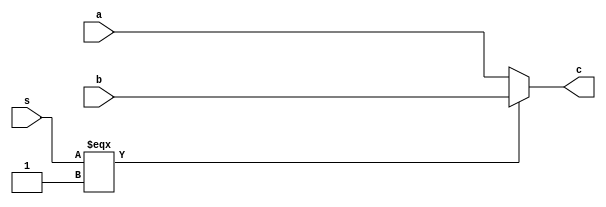
`timescale 1ns / 1ps

module mux (
    input [31:0] a,b,
    input s,
    output [31:0] c
);
    assign c = (s === 1'b1) ? b:a;
endmodule